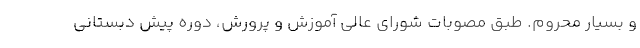
و بسیار محروم. طبق مصوبات شورای عالی آموزش و پرورش، دوره پیش دبستانی